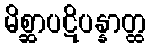
မိစ္ဆာပဋိပန္နာတ္ထ